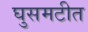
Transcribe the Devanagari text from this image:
घुसमटीत